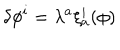
\delta \phi ^ { i } = \lambda ^ { a } \xi _ { a } ^ { i } ( \phi )